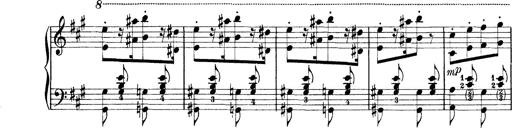
Title: Rapsodie: 19 ungheresi, 1 spagnuola
Composer: Franz Liszt